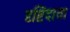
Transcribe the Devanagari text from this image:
दृष्टिदाता